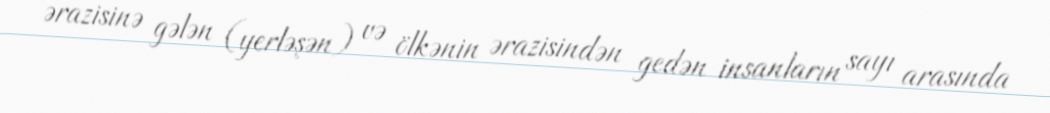
ərazisinə gələn (yerləşən) və ölkənin ərazisindən gedən insanların sayı arasında